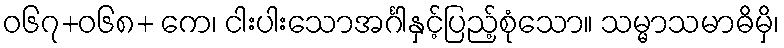
ဝ၆၇+၀၆၈+ ကေ၊ ငါးပါးသောအင်္ဂါနှင့်ပြည့်စုံသော။ သမ္မာသမာဓိမှိ၊